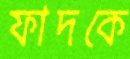
ফাদকে